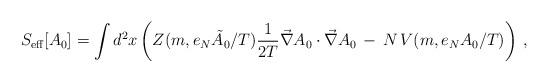
LaTeX: \begin{align*}S_{\rm eff}[A_0]=\int d^2 x \left( Z(m,e_N {\tilde A}_0/{{T}})\frac{1}{2T}\vec\nabla A_0\cdot\vec\nabla A_0 \,-\, N\, V(m,e_NA_0/{T}) \right)\,,\end{align*}